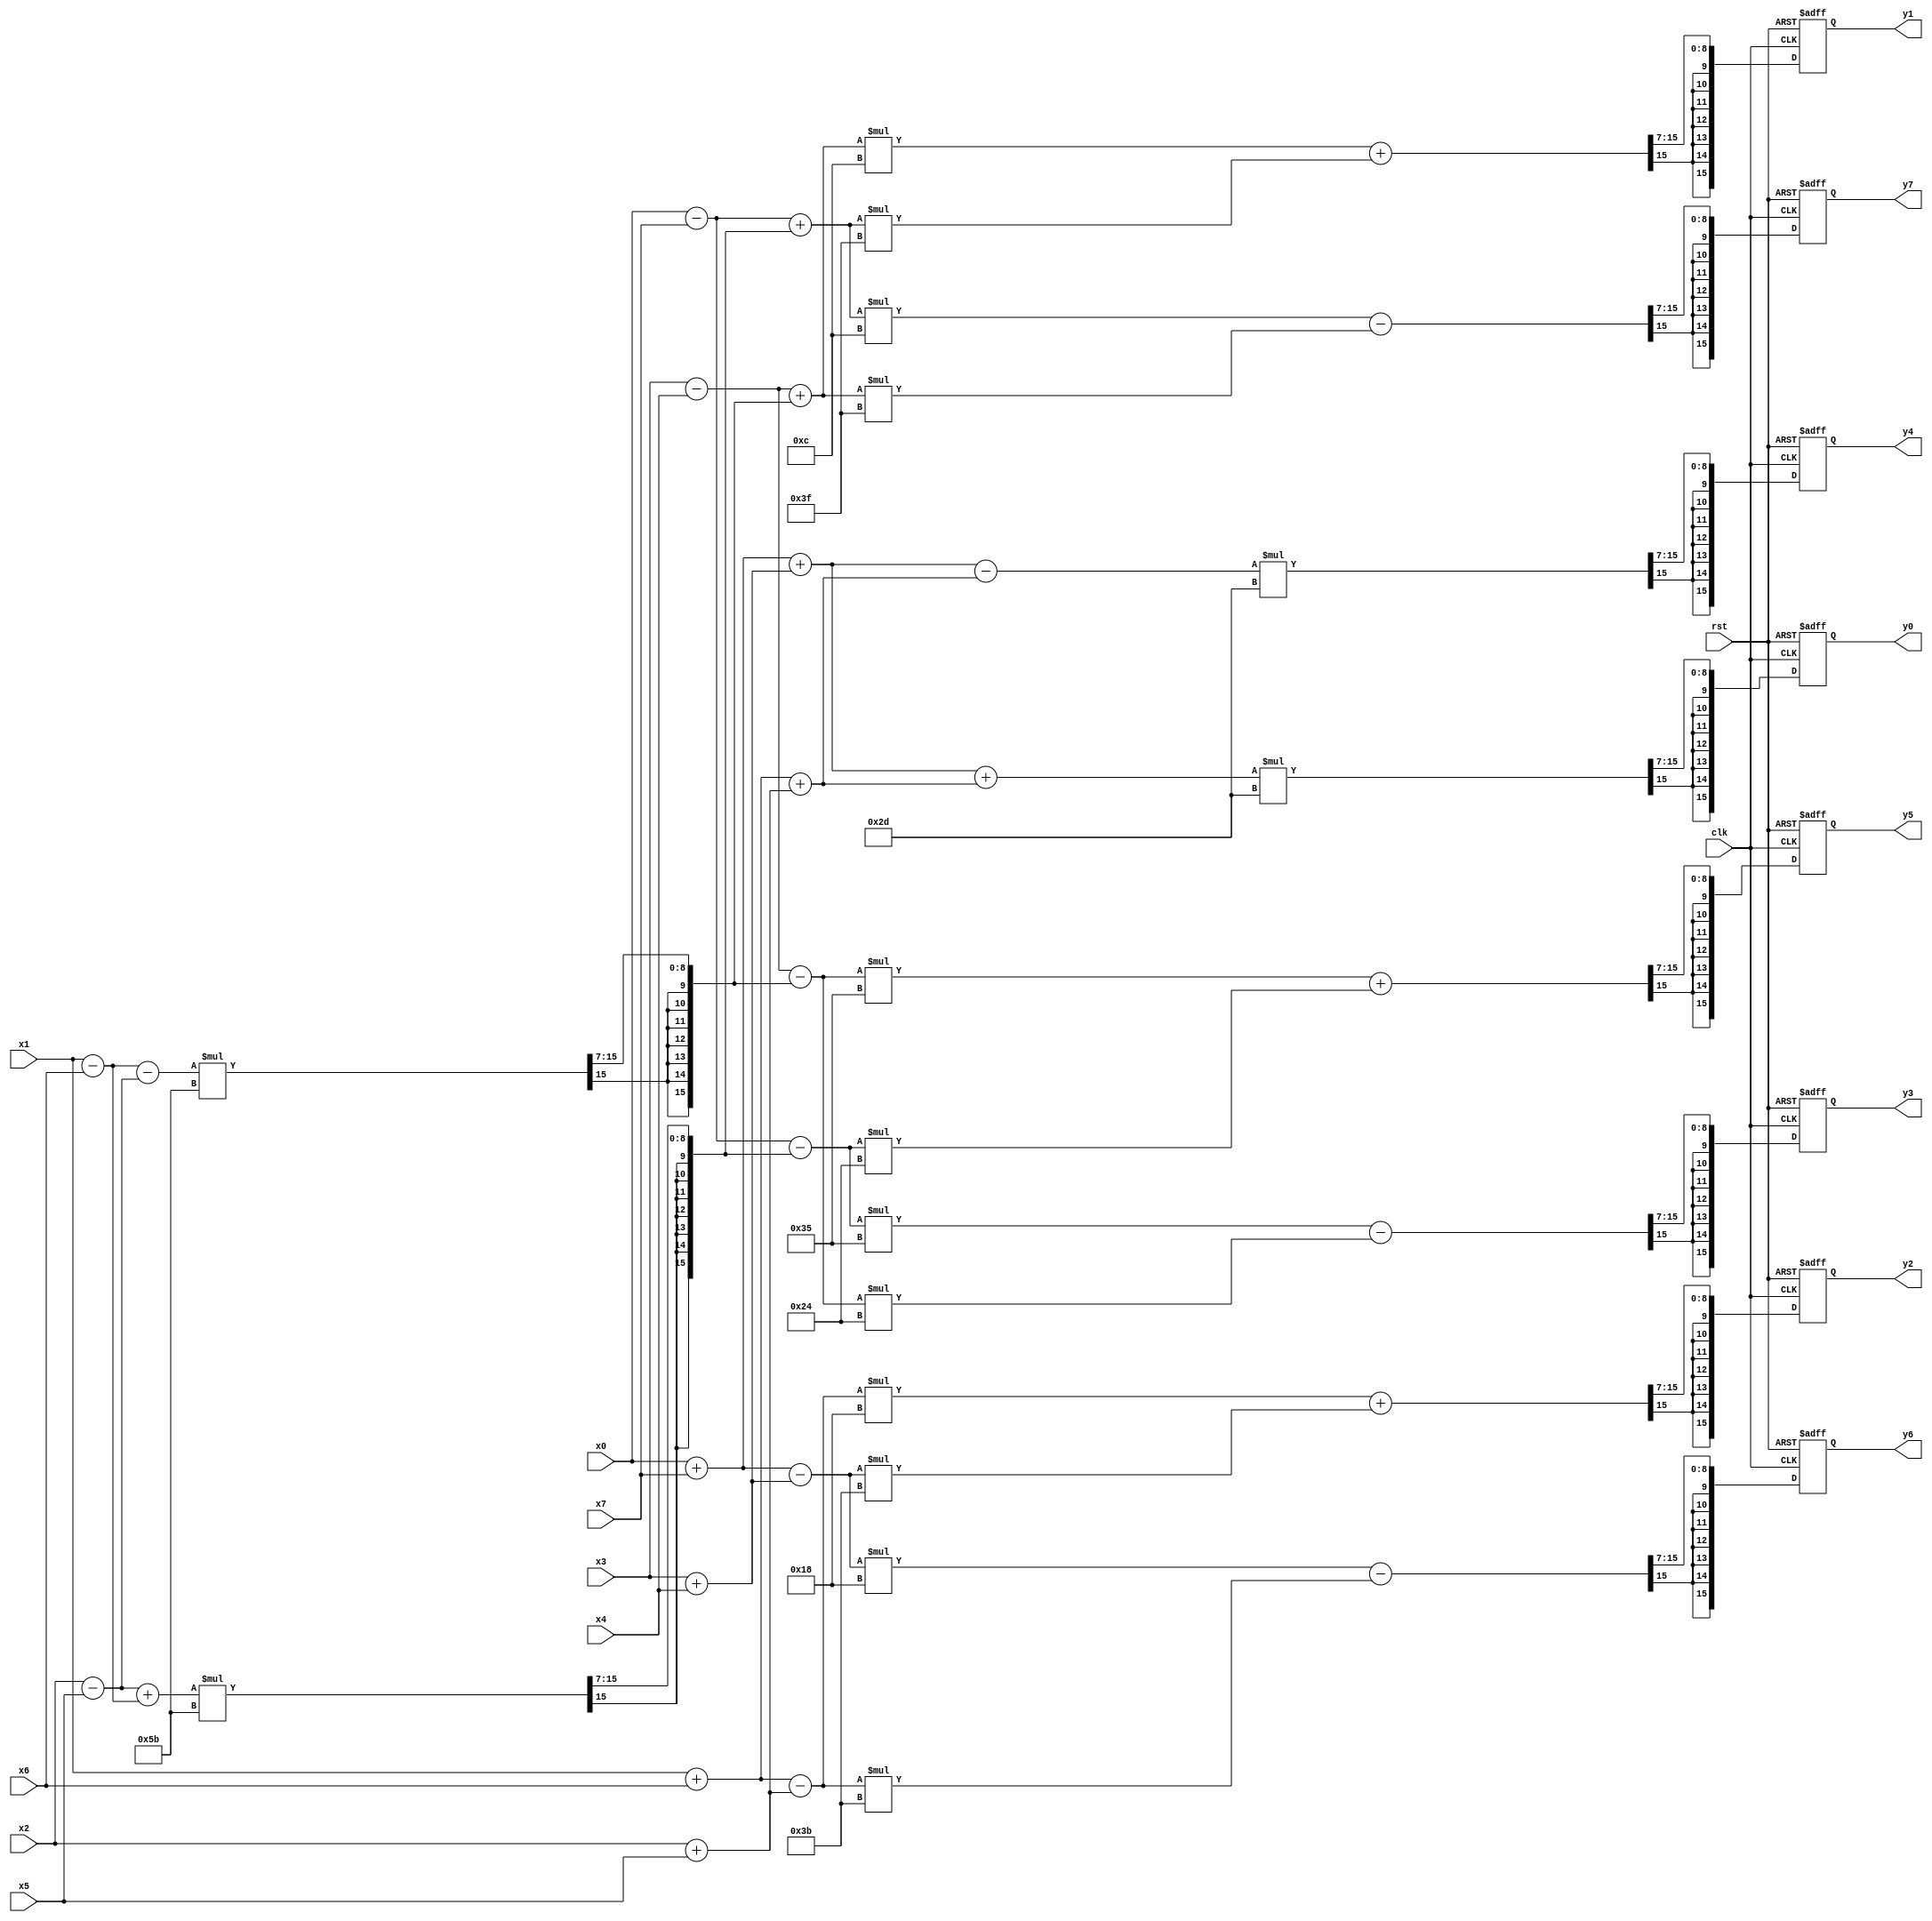
/*****************************************************************
	FsDCT_line.v
	Fast integer FDCT and IDCT function for 8x8 block v
*****************************************************************/

/************ FsDCT row/column **************************/
module FsDCT_line(clk,rst,x0,x1,x2,x3,x4,x5,x6,x7,y0,y1,y2,y3,y4,y5,y6,y7);
parameter W = 15;
parameter SH= 7;
input clk, rst;
input [W:0] x0,x1,x2,x3,x4,x5,x6,x7;
output [W:0] y0,y1,y2,y3,y4,y5,y6,y7;
reg [W:0] y0,y1,y2,y3,y4,y5,y6,y7;
wire [W:0] x10,x11,x12,x13,x14,x15,x16,x17;
wire [W:0] x20,x21,x22,x23,x24,x25,x26,x27;
wire [W:0] x30,x31,x32,x33,x34,x35,x36,x37;
wire [W:0] x44,x45,x46,x47;
wire [W:0] rx25,rx26;
wire [W:0] ry0,ry1,ry2,ry3,ry4,ry5,ry6,ry7;
/************ DCT constanct ***********************************/
parameter c0 = 16'b01011011;
parameter c1 = 16'b00111111;
parameter c2 = 16'b00111011;
parameter c3 = 16'b00110101;
parameter c4 = 16'b00101101;
parameter c5 = 16'b00100100;
parameter c6 = 16'b00011000;
parameter c7 = 16'b00001100;
// Because mutiflier will take a long delay than adder
// And multi-Ripple-cary adder will better than sigle adder
// All multi-RC-adder is grouped in this block.
	// first stage transform 
assign	x10 = x0 + x7;
assign	x11 = x1 + x6;
assign	x12 = x2 + x5;
assign	x13 = x3 + x4;
assign	x14 = x3 - x4;
assign	x15 = x2 - x5;
assign	x16 = x1 - x6;
assign	x17 = x0 - x7;
	// second stage
assign	x20 = x10 + x13;
assign	x21 = x11 + x12;
assign	x22 = x11 - x12;
assign	x23 = x10 - x13;
assign	x24 = x14;
assign	x25 = (x16 - x15)*c0;
assign	x26 = (x15 + x16)*c0;
assign	rx25[W-SH:0] = x25[W:SH]; // >> shift
assign	rx25[W:W-SH+1] = sign(x25[W]);    
assign	rx26[W-SH:0] = x26[W:SH]; // >> shift
assign	rx26[W:W-SH+1] = sign(x26[W]);
assign	x27 = x17;
	// third stage
assign	x30 = (x20 + x21)*c4;
assign	x31 = (x20 - x21)*c4;
assign	x32 = x22*c6 + x23*c2;
assign	x33 = x23*c6 - x22*c2;
assign	x34 = x24 + rx25;
assign	x35 = x24 - rx25;
assign	x36 = x27 - rx26;
assign	x37 = x27 + rx26;
	// fourth stage
assign	x44 = x34*c7 + x37*c1;
assign	x45 = x35*c3 + x36*c5;
assign	x46 = x36*c3 - x35*c5;
assign	x47 = x37*c7 - x34*c1;
	// rescale >> shift
assign	ry0[W-SH:0] = x30[W:SH];
assign 	ry0[W:W-SH+1] = sign(x30[W]);
assign	ry4[W-SH:0] = x31[W:SH];
assign 	ry4[W:W-SH+1] = sign(x31[W]);
assign	ry2[W-SH:0] = x32[W:SH];
assign 	ry2[W:W-SH+1] = sign(x32[W]);
assign	ry6[W-SH:0] = x33[W:SH];
assign	ry6[W:W-SH+1] = sign(x33[W]);
assign	ry1[W-SH:0] = x44[W:SH];
assign	ry1[W:W-SH+1] = sign(x44[W]);
assign	ry5[W-SH:0] = x45[W:SH];
assign	ry5[W:W-SH+1] = sign(x45[W]);
assign	ry3[W-SH:0] = x46[W:SH];
assign	ry3[W:W-SH+1] = sign(x46[W]);
assign	ry7[W-SH:0] = x47[W:SH];
assign	ry7[W:W-SH+1] = sign(x47[W]);
	
// update output
always @(posedge clk or posedge rst)
begin: DCT_line_regoutput
	if (rst)
	begin
		y0 <= 16'b0;
		y1 <= 16'b0;
		y2 <= 16'b0;
		y3 <= 16'b0;
		y4 <= 16'b0;
		y5 <= 16'b0;
		y6 <= 16'b0;
		y7 <= 16'b0;
	end
	else
	begin
		y0 <= ry0;
		y1 <= ry1;
		y2 <= ry2;
		y3 <= ry3;
		y4 <= ry4;
		y5 <= ry5;
		y6 <= ry6;
		y7 <= ry7;
	end
end

function [SH-1:0]sign;
input sign_bit;
begin

	sign[0] = sign_bit;
	 sign[1] = sign_bit;
	 sign[2] = sign_bit;
	 sign[3] = sign_bit;
	 sign[4] = sign_bit;
	 sign[5] = sign_bit;
	 sign[6] = sign_bit;

end

endfunction		
endmodule

/****************************************************************
	End of file
****************************************************************/